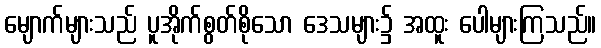
မျောက်များသည် ပူအိုက်စွတ်စိုသော ဒေသများ၌ အထူး ပေါများကြသည်။